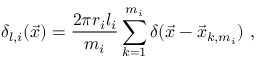
\delta _ { l , i } ( \vec { x } ) = \frac { 2 \pi r _ { i } l _ { i } } { m _ { i } } \sum _ { k = 1 } ^ { m _ { i } } \delta ( \vec { x } - \vec { x } _ { k , m _ { i } } ) \ ,